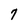
Character: 7